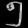
Digit: ၅